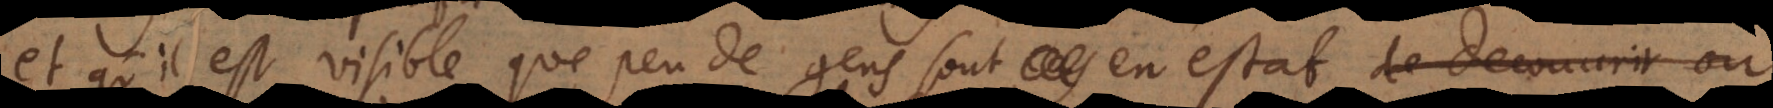
et qu’il est visible que peu de gens sont en estat de decouvrir ou